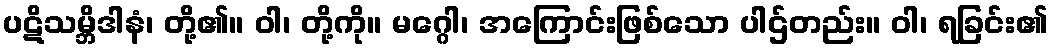
ပဋိသမ္ဘိဒါနံ၊ တို့၏။ ဝါ၊ တို့ကို။ မဂ္ဂေါ၊ အကြောင်းဖြစ်သော ပါဌ်တည်း။ ဝါ၊ ရခြင်း၏